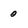
Character: 0